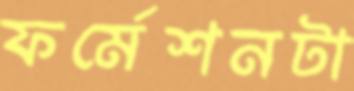
ফর্মেশনটা